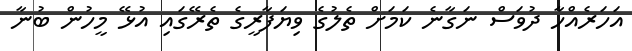
އަހަރެއްހާ ދުވަސް ނަގާނެ ކަމަށް ތެލުގެ ވިޔަފާރީގެ ތެރޭގައި އުޅޭ މީހުން ބުނާ